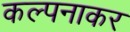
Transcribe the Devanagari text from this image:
कल्पनाकर